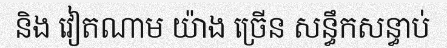
និង វៀតណាម យ៉ាង ច្រើន សន្ធឹកសន្ធាប់